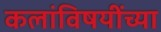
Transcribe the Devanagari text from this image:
कलांविषयींच्या